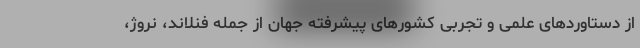
از دستاوردهای علمی و تجربی کشورهای پیشرفته جهان از جمله فنلاند، نروژ،